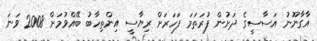
އާގާނޫނު އަސާސީގެ ދަށުން ފުރަތަމަ ފަހަރަށް ރިޔާސީ އިންތިހާބު ބޭއްވުމަށް 2008 ވަނަ